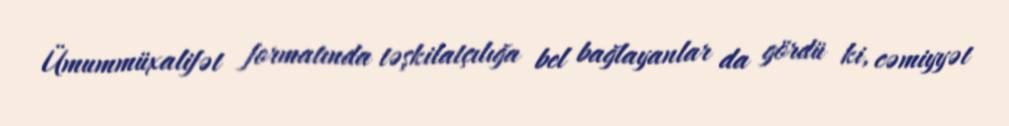
Ümummüxalifət formatında təşkilatçılığa bel bağlayanlar da gördü ki, cəmiyyət